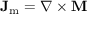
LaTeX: \mathbf { J } _ { \mathrm { m } } = \nabla \times \mathbf { M }